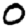
Digit: 0